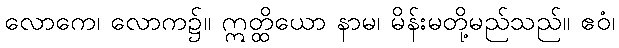
လောကေ၊ လောက၌။ ဣတ္ထိယော နာမ၊ မိန်းမတို့မည်သည်။ ဧဝံ၊